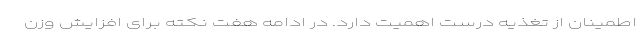
اطمینان از تغذیه درست اهمیت دارد. در ادامه هفت نکته برای افزایش وزن